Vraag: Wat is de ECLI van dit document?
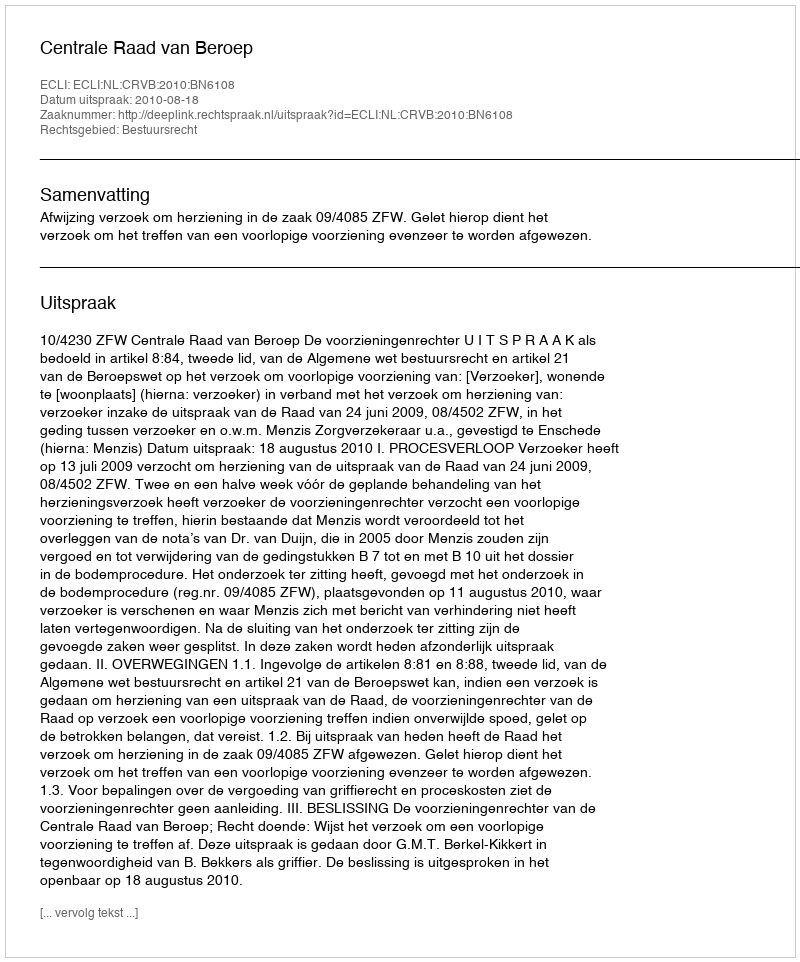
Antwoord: ECLI:NL:CRVB:2010:BN6108